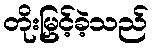
တိုးမြှင့်ခဲ့သည်